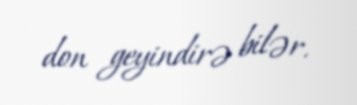
don geyindirə bilər.